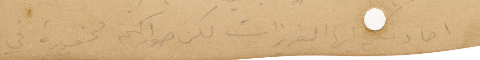
اصادفكم أيها العزيزات لكن صواركم محفورة في